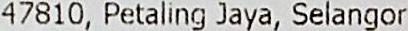
47810, PETALING JAYA, SELANGOR